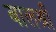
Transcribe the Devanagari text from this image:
बालश्री